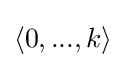
\langle 0,...,k\rangle